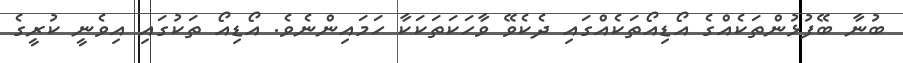
ބުނާ ބޭފުޅުންތަކެއްގެ އޯޑިއޯތަކެއްގައި ދެކެވޭ ވާހަކަތަކަކާ ހަމައިންނެވެ. އޯޑިއޯ ތަކުގައި އިވެނީ ކުރީގެ